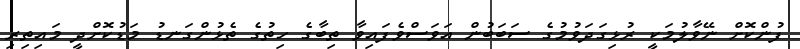
ފުންކޮށް ނޭވާލުމަކީ ރުޅިގަދަވުމުގެ ސަބަބުން އަވަސްވެފައިވާ ތިބާގެ ހިތުގެ ތެޅުންގަނޑު މަޑުކޮށްދީ މައިތިރި